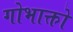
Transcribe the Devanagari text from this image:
गोभाक्तो